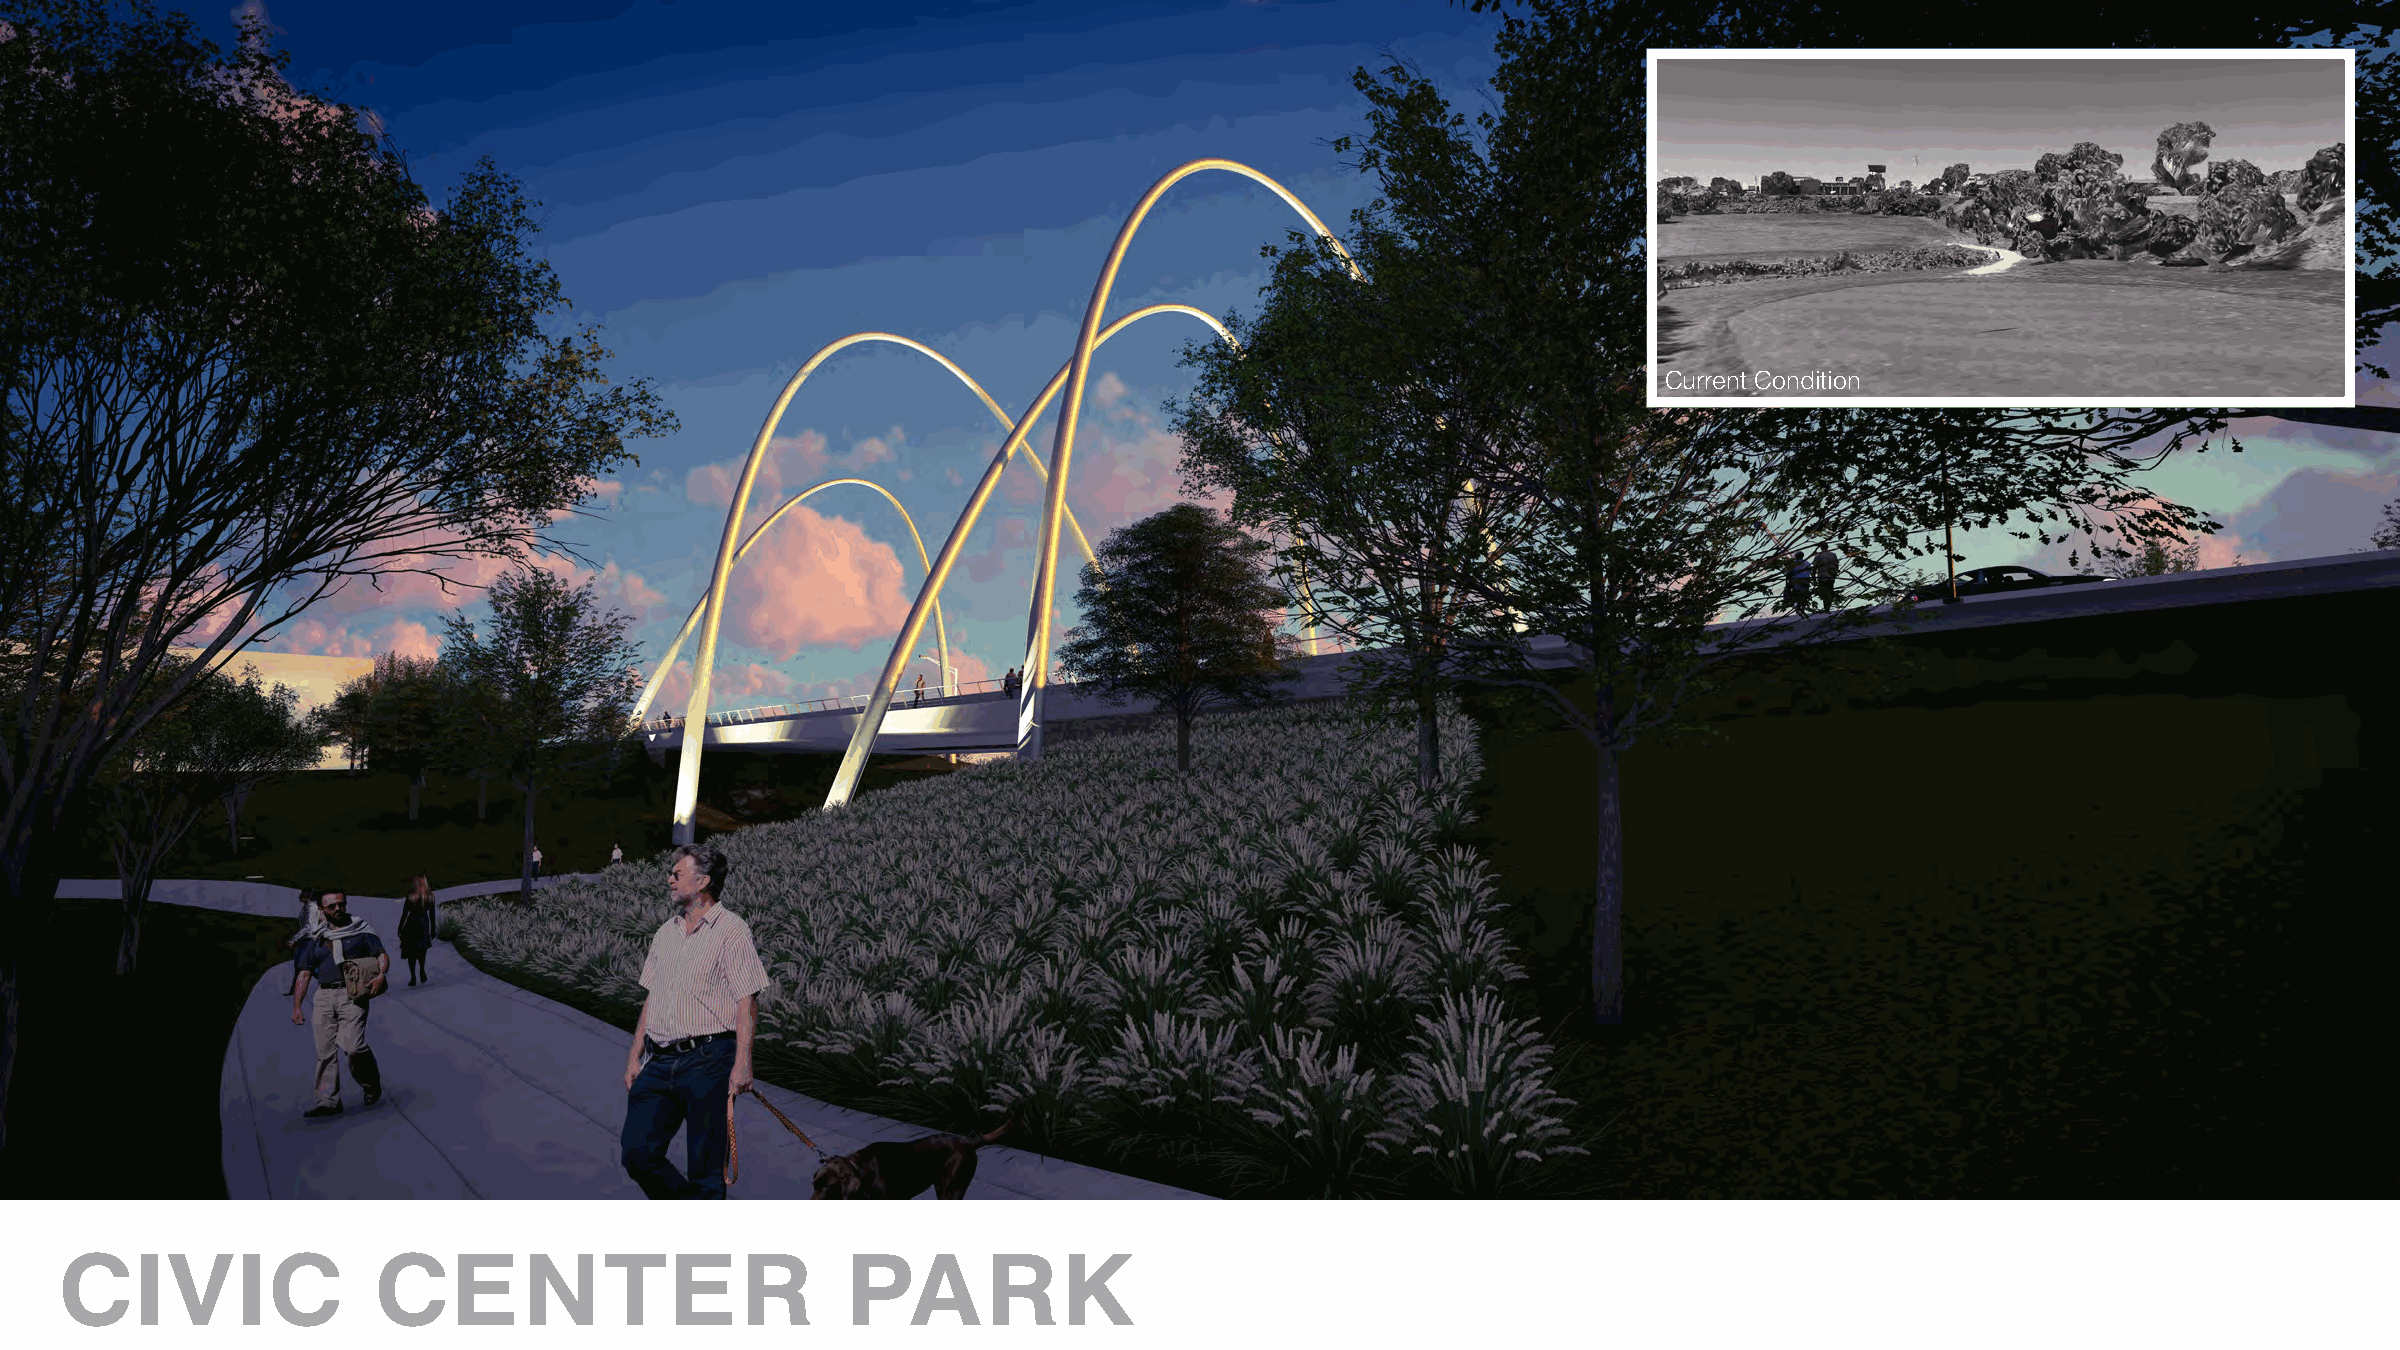
Current Condition
 CIVIC                CENTER                         PARK